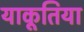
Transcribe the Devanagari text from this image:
याकूतिया